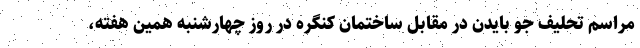
مراسم تحلیف جو بایدن در مقابل ساختمان کنگره در روز چهارشنبه همین هفته،